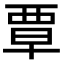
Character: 覃